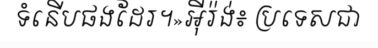
ទំនើបផងដែរ។»អ៊ីរ៉ង់៖ ប្រទេសជា